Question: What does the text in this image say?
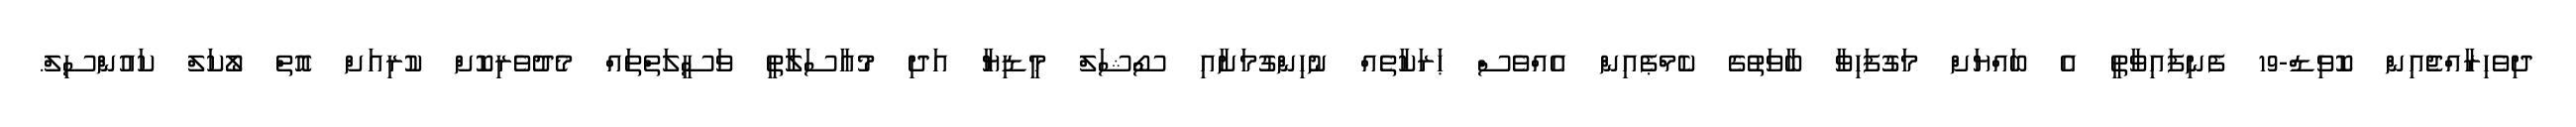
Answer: ދިވެހިރާއްޖެއިން ކޮވިޑް-19 ފެނިފައިވާތީ އެ ބައްޔަށް މަގުފަހިވާ ބާވަތުގެ ކެމްޕެއިން އެއްވެސް ޙަރަކާތެއް ނުހިންގުމަށާއި ސޯޝަލް މީޑިޔާ އަދި މުއާސަލާތީ ވަސީލަތްތައް މެދުވެރިކޮށް ކުރިއަށް އޮތް ލޯކަލް ކައުންސިލް.